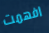
افهمت